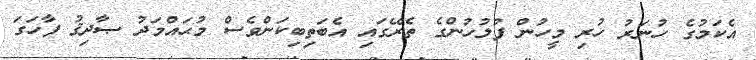
އެކަމުގެ ހުނަރު ހުރި މީހުން ފުލުހުންގެ ތެރޭގައި އެބަތިބިކަންވެސް މުޙައްމަދު ޞާދިޤު ފާހަގަ